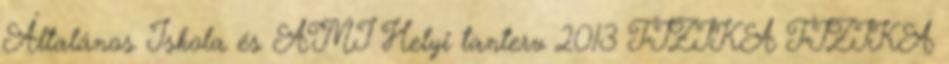
Általános Iskola és AMI Helyi tanterv 2013 FIZIKA FIZIKA